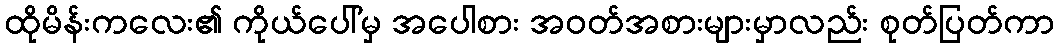
ထိုမိန်းကလေး၏ ကိုယ်ပေါ်မှ အပေါစား အဝတ်အစားများမှာလည်း စုတ်ပြတ်ကာ